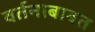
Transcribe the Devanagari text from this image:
वर्तनाबाबत